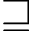
\sqsupseteq